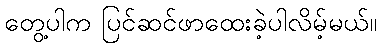
တွေ့ပါက ပြင်ဆင်ဖာထေးခဲ့ပါလိမ့်မယ်။